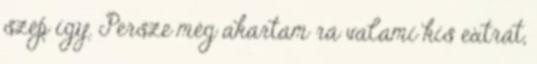
szép így. Persze még akartam rá valami kis extrát,